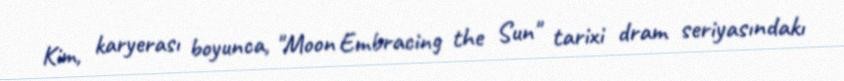
Kim, karyerası boyunca, "Moon Embracing the Sun" tarixi dram seriyasındakı